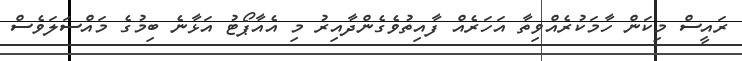
ރައީސް މިކަން ހާމަކުރެއްވިތާ އަހަރެއް ފާއިތުވެގެންދާއިރު މި އެއާޕޯޓު އަޅާނެ ބިމުގެ މައްސަލަވެސް